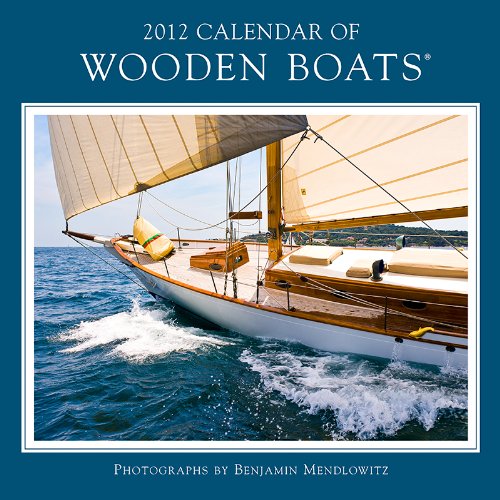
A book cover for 2012 Calendar of Wooden Boats Wall calendar; NOAH Publications; Calendars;